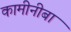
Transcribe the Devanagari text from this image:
कामीनीबा